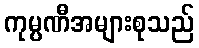
ကုမ္ပဏီအများစုသည်